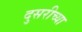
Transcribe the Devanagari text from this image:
दुसरीच्या